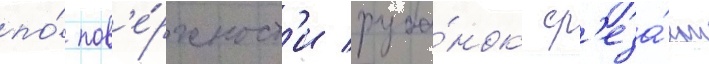
по́ пов'е́рхност'и руба́нок ср'еза́ет